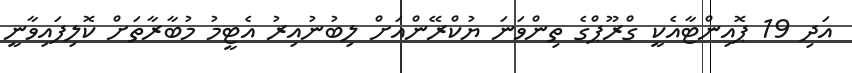
އަދި 19 ޕޮއިންޓާއެކީ ގްރޫޕްގެ ތިންވަނަ ޔުކްރޭންއަށް ލިބުނުއިރު އެޓީމު މުބާރާތަށް ކޮލިފައިވާނީ